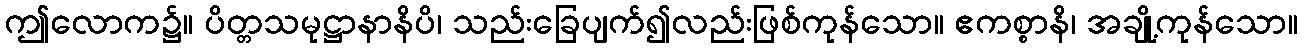
ဤလောက၌။ ပိတ္တသမုဋ္ဌာနာနိပိ၊ သည်းခြေပျက်၍လည်းဖြစ်ကုန်သော။ ဧကစ္စာနိ၊ အချို့ကုန်သော။